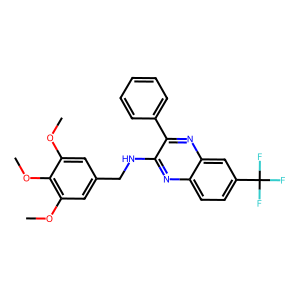
SMILES: COc1cc(CNc2nc3ccc(C(F)(F)F)cc3nc2-c2ccccc2)cc(OC)c1OC
Inhibits HIV replication: No